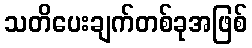
သတိပေးချက်တစ်ခုအဖြစ်